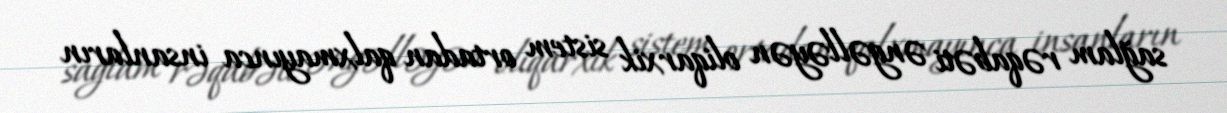
sağlam rəqabəti əngəlləyən oliqarxik sistem ortadan qalxmayınca insanların